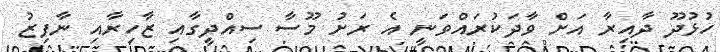
ހުޅުދޫ ދާއިރާ އަށް ވާދަކުރައްވަނީ އެ ރަށު މޫސާ ސިއްދީގާއި ޒާހިރާއި ނާފިޒު